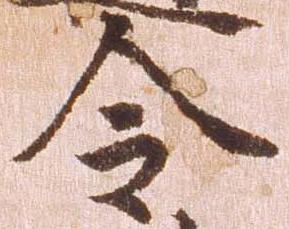
令